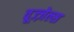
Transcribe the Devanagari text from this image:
वूज्ज़ेल्स